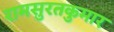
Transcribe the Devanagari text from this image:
रामसुरतकुमार